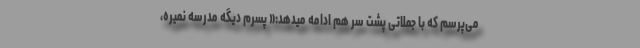
می‌پرسم که با جملاتی پشت سر هم ادامه میدهد:« پسرم دیگه مدرسه نمیره،